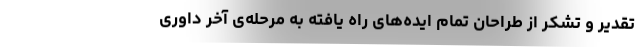
تقدیر و تشکر از طراحان تمام ایده‌های راه یافته به مرحله‌ی آخر داوری